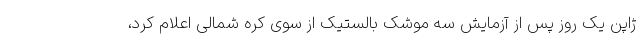
ژاپن یک روز پس از آزمایش سه موشک بالستیک از سوی کره شمالی اعلام کرد،